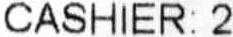
CASHIER: 2